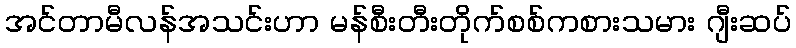
အင်တာမီလန်အသင်းဟာ မန်စီးတီးတိုက်စစ်ကစားသမား ဂျီးဆပ်